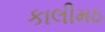
કાલીમઠ